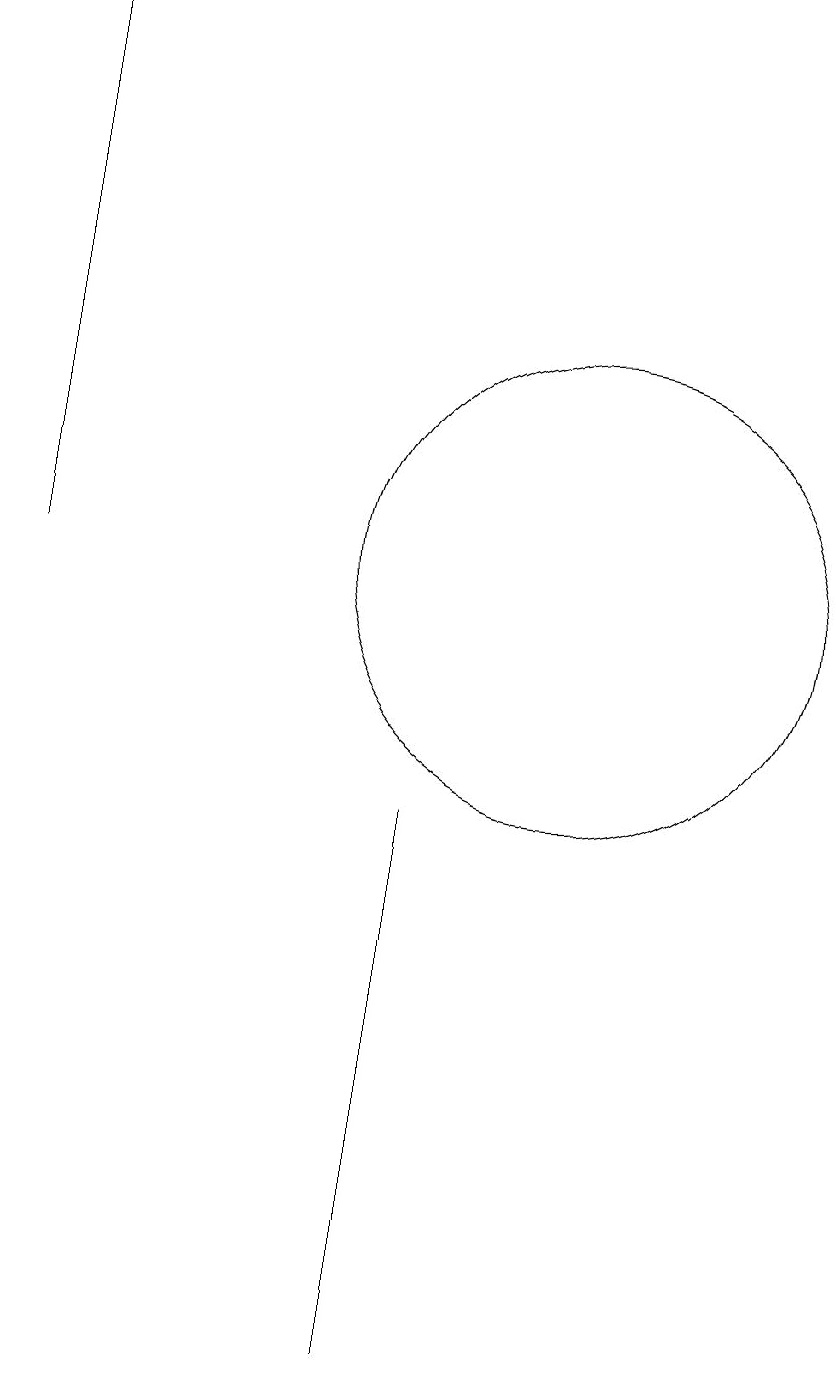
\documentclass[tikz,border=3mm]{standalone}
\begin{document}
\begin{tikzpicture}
\draw (10,11) circle (3);
\draw (8,7) -- (8,1) -- (8,8) -- cycle;
\draw (3,11) rectangle (3,18);
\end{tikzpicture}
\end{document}